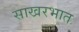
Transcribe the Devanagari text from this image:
साखरभात